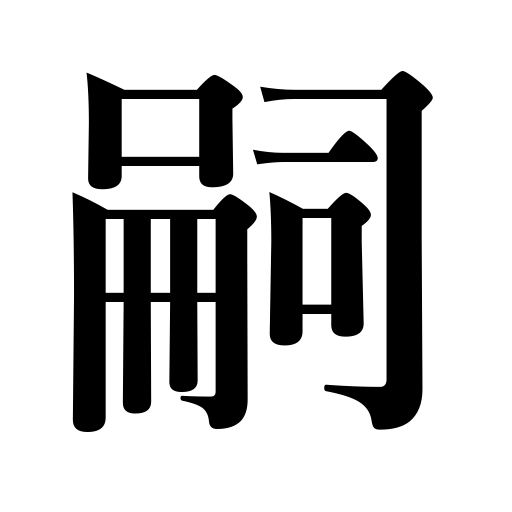
Meanings: heir